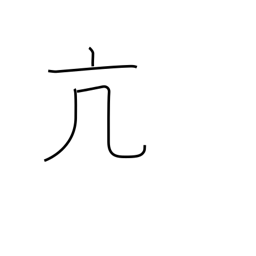
Meaning: high spirits